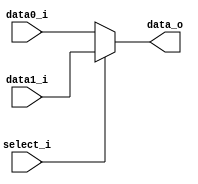
/***************************************************
Student Name: 
Student ID: 07162220716214
***************************************************/

`timescale 1ns/1ps

module MUX_2to1(
	input  [32-1:0] data0_i,       
	input  [32-1:0] data1_i,
	input       	select_i,
	output [32-1:0] data_o
               );

	assign data_o = (select_i == 1'b0) ? data0_i : data1_i;

endmodule